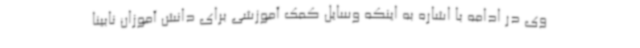
وی در ادامه با اشاره به اینکه وسایل کمک آموزشی برای دانش آموزان نابینا